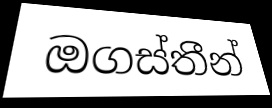
ඔගස්තීන්